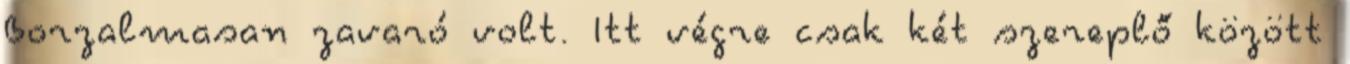
Borzalmasan zavaró volt. Itt végre csak két szereplő között